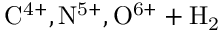
\mathrm { C ^ { 4 + } , N ^ { 5 + } , O ^ { 6 + } + H _ { 2 } }